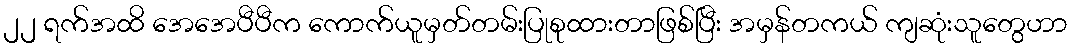
၂၂ ရက်အထိ အေအေပီပီက ကောက်ယူမှတ်တမ်းပြုစုထားတာဖြစ်ပြီး အမှန်တကယ် ကျဆုံးသူတွေဟာ